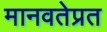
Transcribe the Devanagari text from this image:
मानवतेप्रत